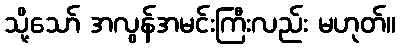
သို့သော် အလွန်အမင်းကြီးလည်း မဟုတ်။